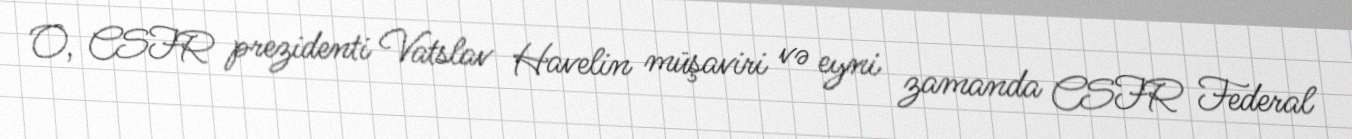
O, CSFR prezidenti Vatslav Havelin müşaviri və eyni zamanda CSFR Federal